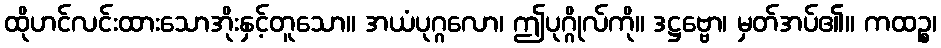
ထိုဟင်လင်းထားသောအိုးနှင့်တူသော။ အယံပုဂ္ဂလော၊ ဤပုဂ္ဂိုလ်ကို။ ဒဋ္ဌဗ္ဗော၊ မှတ်အပ်၏။ ကထဉ္စ၊